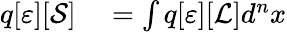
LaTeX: \begin{array}{rl}{q[\varepsilon][{\mathcal{S}}]}&{{}=\int q[\varepsilon][{\mathcal{L}}]d^{n}x}\end{array}